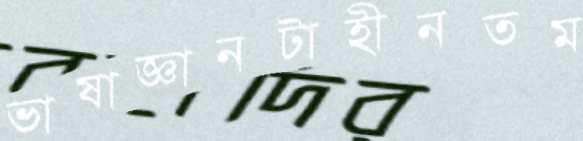
ভাষাজ্ঞানটাহীনতম